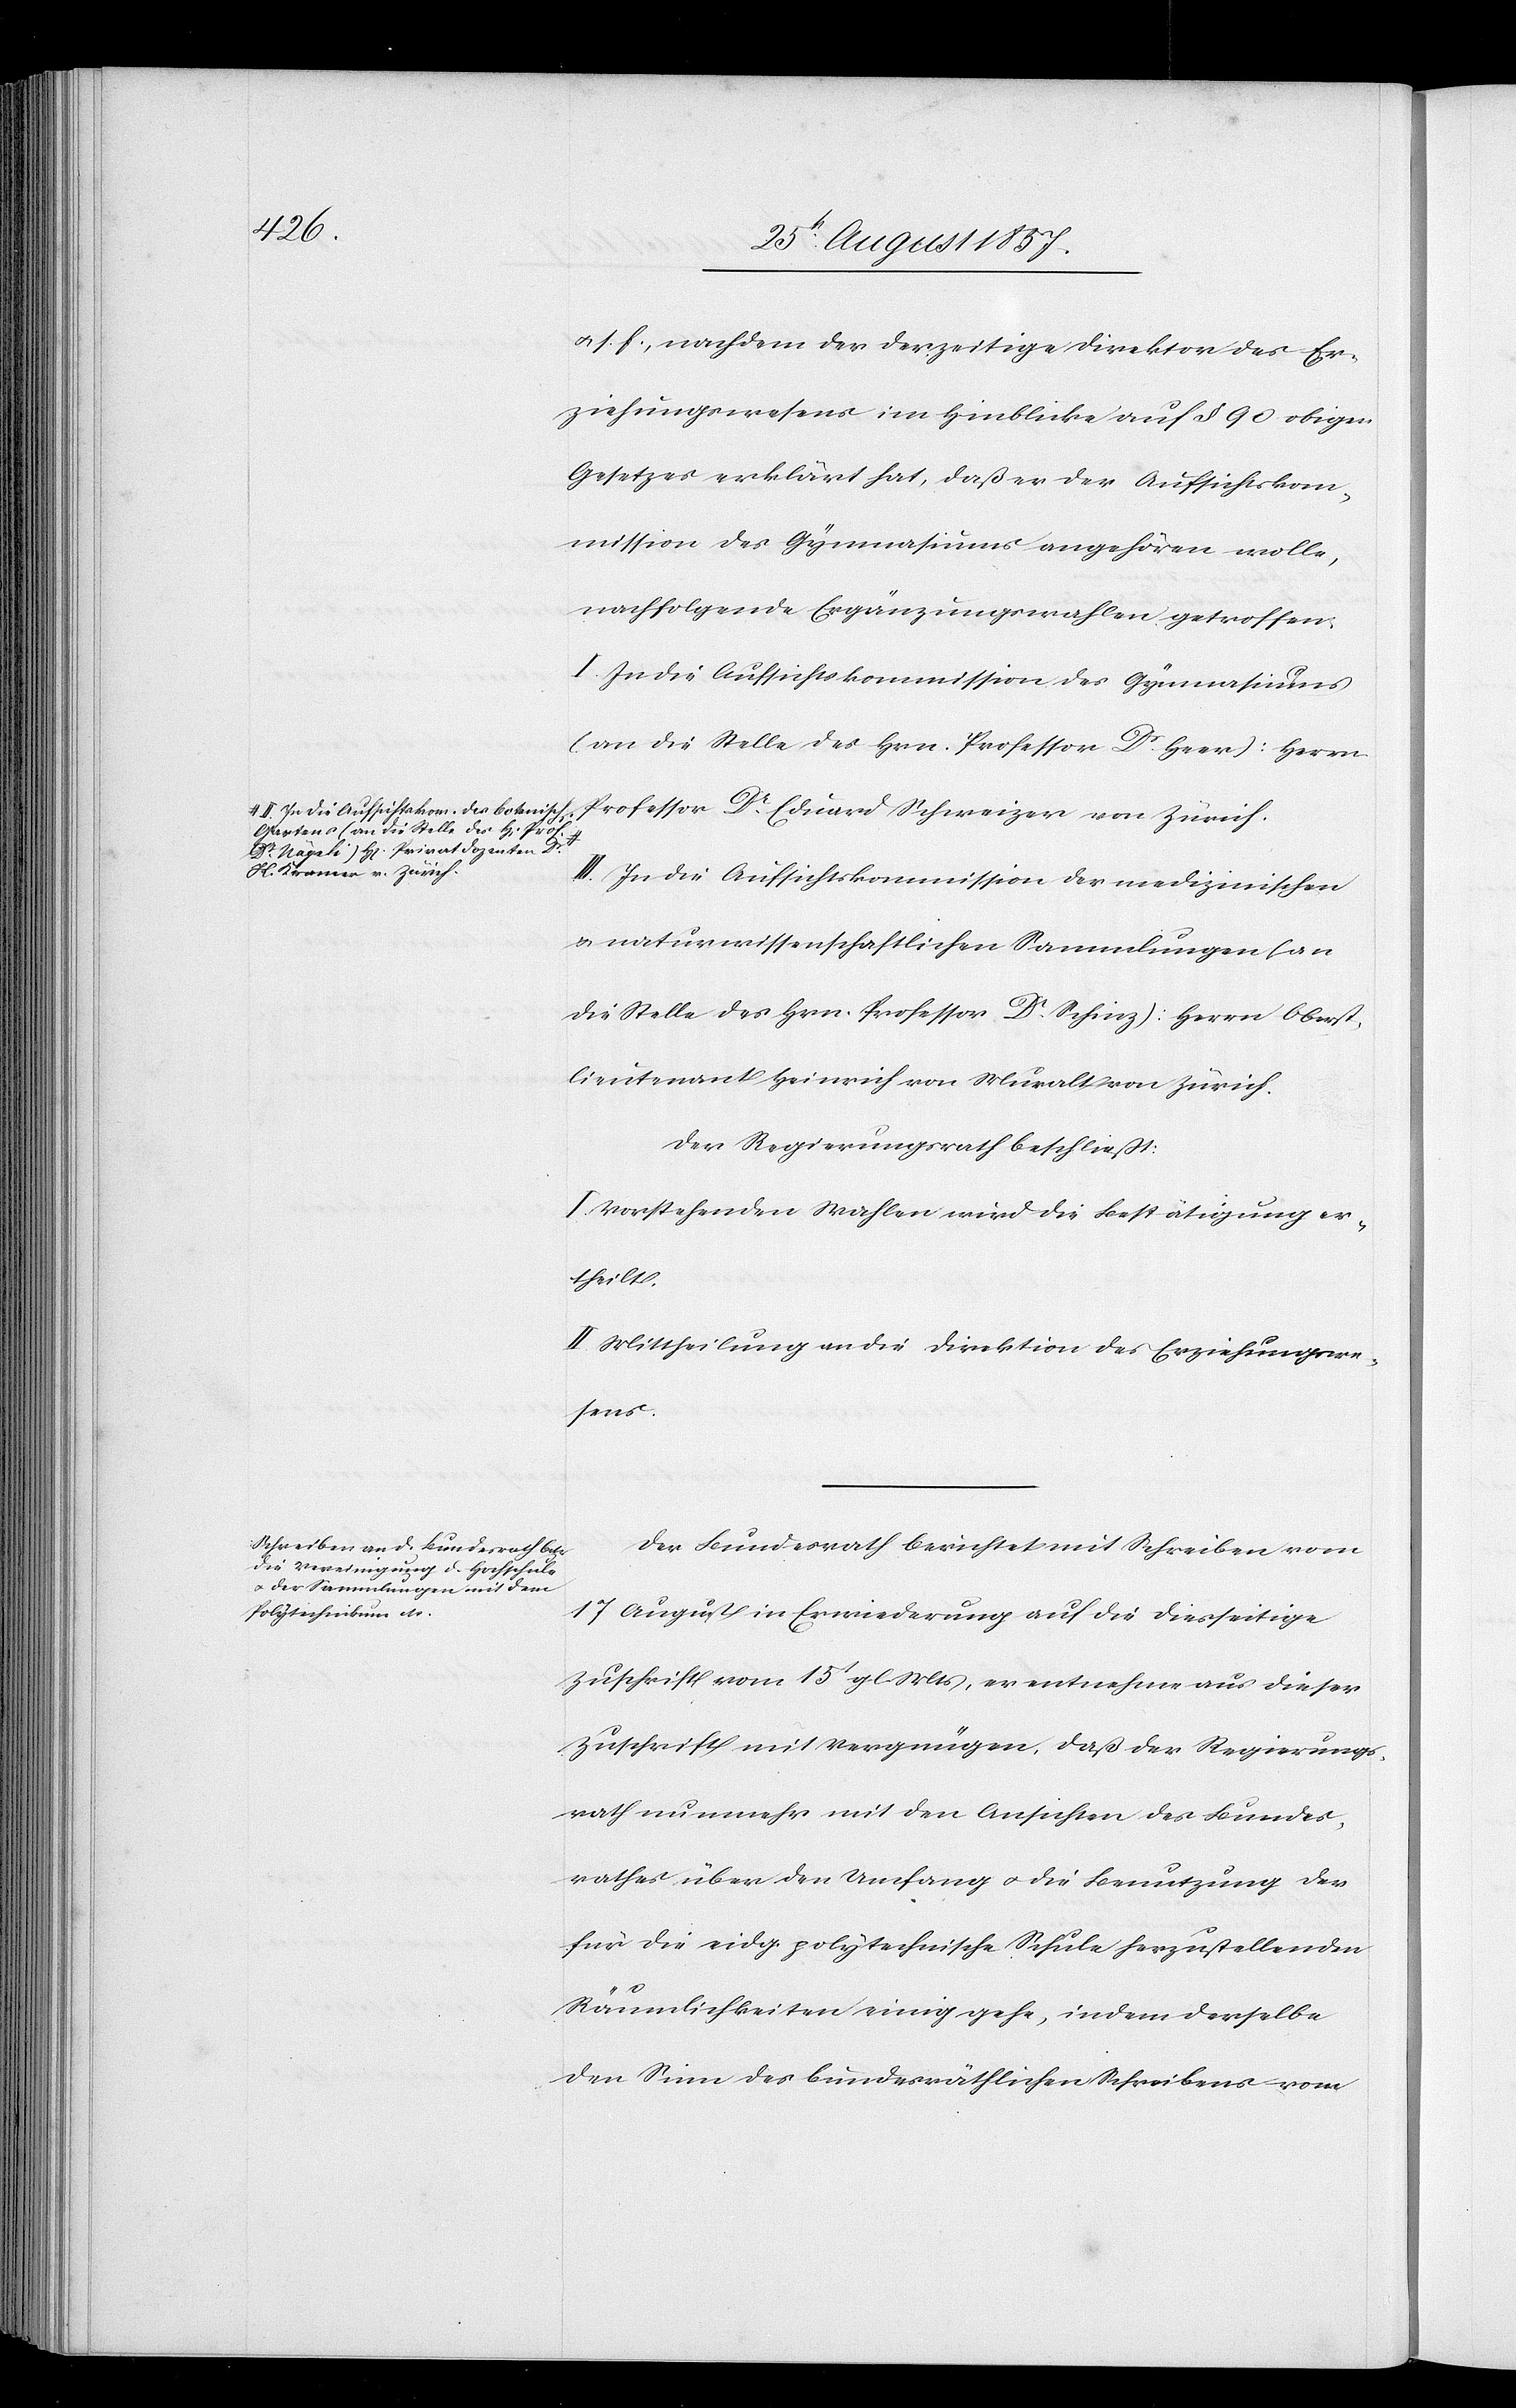
a-II. In die Aufsichtskom. des botanisch.
Gartens (an die Stelle des H[errn]
Dr Nägeli) H[errn] Privatdozenten Dr
H. Kramer in Zürich.-a

&. s. f., nachdem der derzeitige Direktor des Er¬
ziehungswesens im Hinblicke auf § 90 obigen
Gesetzes erklärt hat, daß er der Aufsichtskom¬
mission des Gymnasiums angehören wolle,
nachfolgende Ergänzungswahlen getroffen:
I. In die Aufsichtskommission des Gymnasiums
(an die Stelle des Hrn. Professor Dr Heer): Herrn
Professor Dr Eduard Schweizer von Zürich.
III. In die Aufsichtskommission der medizinischen
& naturwissenschaftlichen Sammlungen (an
die Stelle des Hrn. Professor Dr Schinz): Herrn Oberst¬
lieutnant Heinrich von Muralt von Zürich.
Der Regierungsrath beschließt:
I. Vorstehenden Wahlen wird die Bestätigung er¬
theilt.
II. Mittheilung an die Direktion des Erziehungswe¬
sens.
Der Bundesrath berichtet mit Schreiben vom
17 august in Erwiederung auf die diesseitige
Zuschrift vom 15t gl. Mts., er entnehme aus dieser
Zuschrift mit Vergnügen, daß der Regierungs¬
rath nunmehr mit den Ansichten des Bundes¬
rathes über den Umfang & die Benutzung der
für die eidg. polytechnische Schule herzustellenden
Räumlichkeiten einig gehe, indem derselbe
dem Sinne des bundesräthlichen Schreibens vom